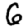
Digit: 6